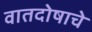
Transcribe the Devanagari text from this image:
वातदोषाचे